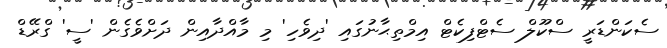
ސެކަންޑަރީ ސްކޫލް ސެޓްފިކެޓް އިމްތިޙާނުގައި 'ދިވެހި' މި މާއްދާއިން ދަށްވެގެން 'ސީ' ގްރޭޑް